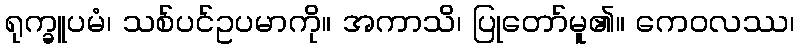
ရုက္ခူပမံ၊ သစ်ပင်ဥပမာကို။ အကာသိ၊ ပြုတော်မူ၏။ ကေဝလဿ၊